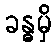
ခန္ဓမှိ